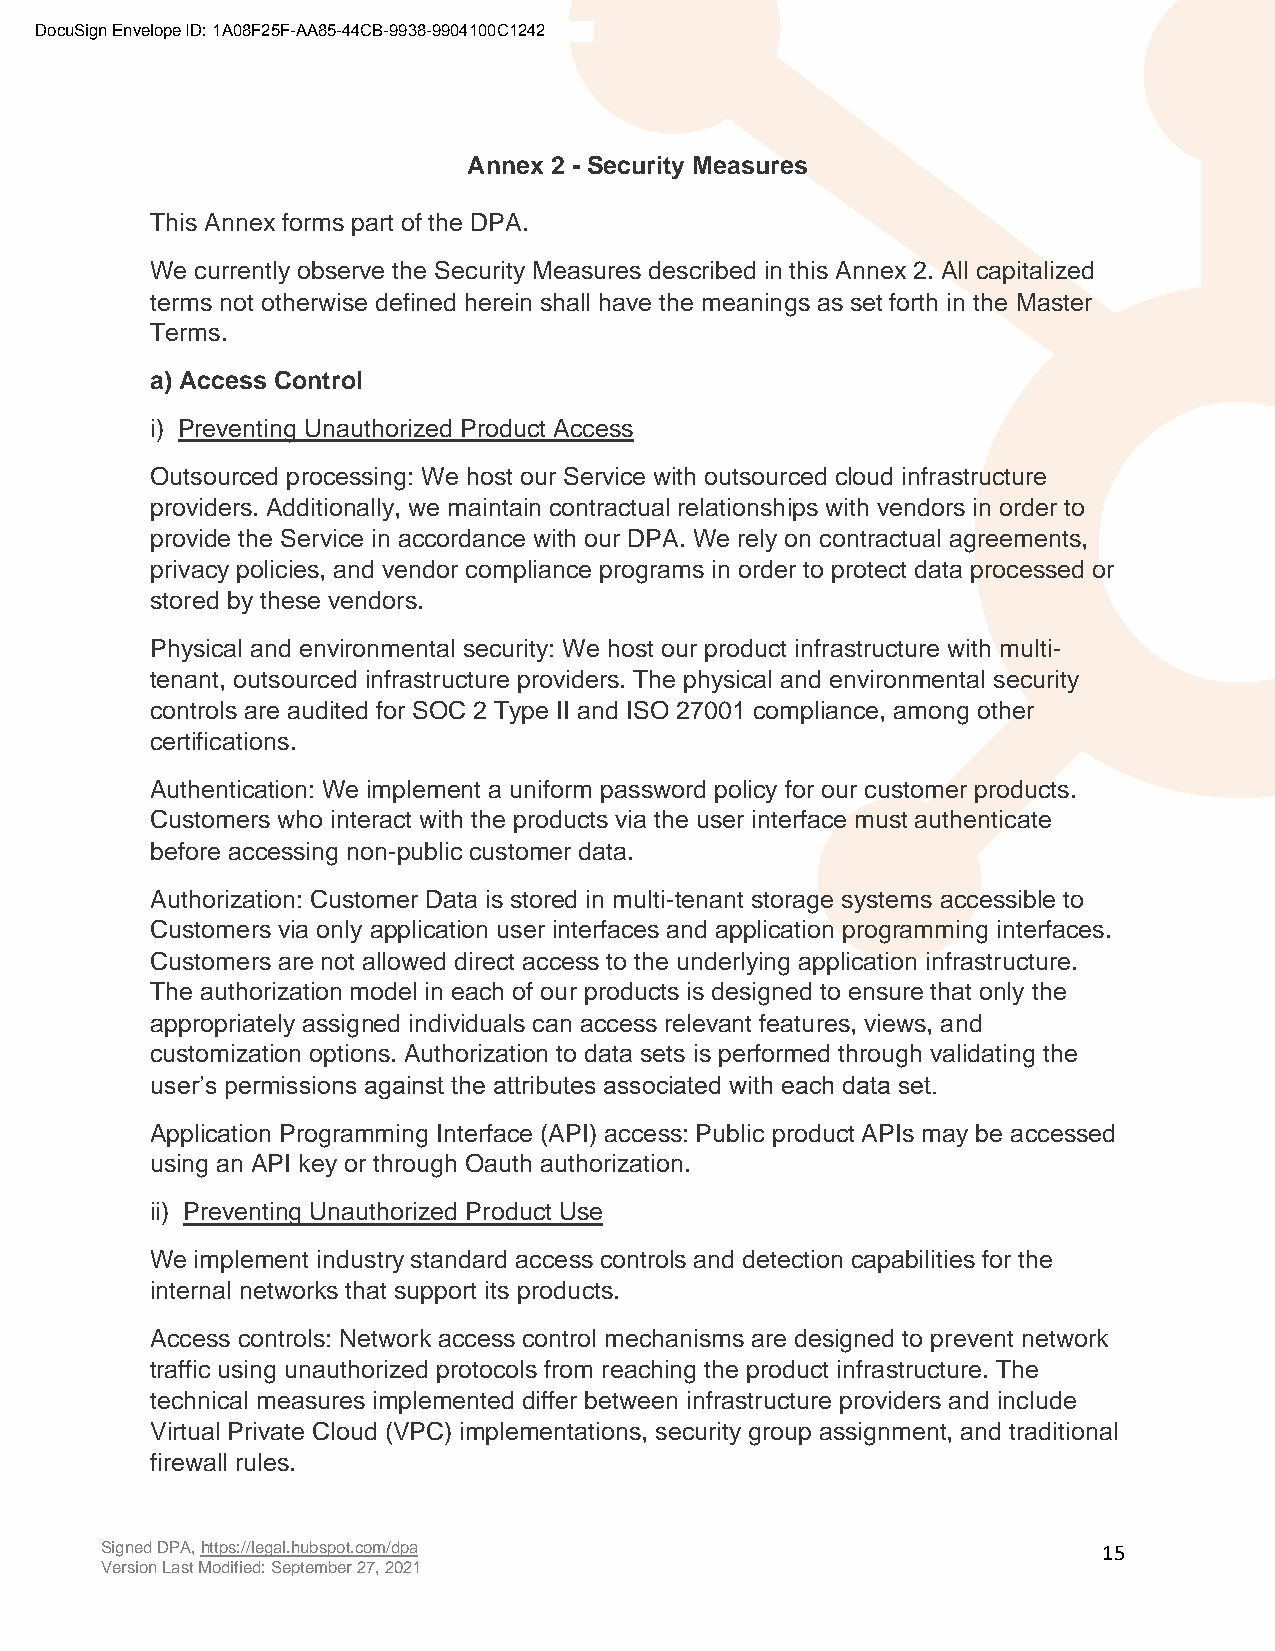
DocuSign Envelope ID: 1A08F25F-AA85-44CB-9938-9904100C1242
 Annex 2 - Security Measures
 This Annex forms part of the DPA.
 We currently observe the Security Measures described in this Annex 2. All capitalized
 terms not otherwise defined herein shall have the meanings as set forth in the Master
 Terms.
 a) Access Control
 i) Preventing Unauthorized Product Access
 Outsourced processing: We host our Service with outsourced cloud infrastructure
 providers. Additionally, we maintain contractual relationships with vendors in order to
 provide the Service in accordance with our DPA. We rely on contractual agreements,
 privacy policies, and vendor compliance programs in order to protect data processed or
 stored by these vendors.
 Physical and environmental security: We host our product infrastructure with multi-
 tenant, outsourced infrastructure providers. The physical and environmental security
 controls are audited for SOC 2 Type II and ISO 27001 compliance, among other
 certifications.
 Authentication: We implement a uniform password policy for our customer products.
 Customers who interact with the products via the user interface must authenticate
 before accessing non-public customer data.
 Authorization: Customer Data is stored in multi-tenant storage systems accessible to
 Customers via only application user interfaces and application programming interfaces.
 Customers are not allowed direct access to the underlying application infrastructure.
 The authorization model in each of our products is designed to ensure that only the
 appropriately assigned individuals can access relevant features, views, and
 customization options. Authorization to data sets is performed through validating the
 user’s permissions against the attributes associated with each data set.
 Application Programming Interface (API) access: Public product APIs may be accessed
 using an API key or through Oauth authorization.
 ii) Preventing Unauthorized Product Use
 We implement industry standard access controls and detection capabilities for the
 internal networks that support its products.
 Access controls: Network access control mechanisms are designed to prevent network
 traffic using unauthorized protocols from reaching the product infrastructure. The
 technical measures implemented differ between infrastructure providers and include
 Virtual Private Cloud (VPC) implementations, security group assignment, and traditional
 firewall rules.
 Signed DPA, https://legal.hubspot.com/dpa                         15
 Version Last Modified: September 27, 2021